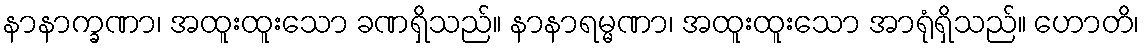
နာနာက္ခဏာ၊ အထူးထူးသော ခဏရှိသည်။ နာနာရမ္မဏာ၊ အထူးထူးသော အာရုံရှိသည်။ ဟောတိ၊